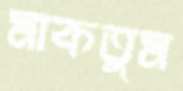
মাকতুম